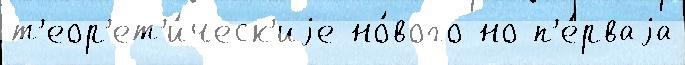
т'еор'ет'и́ческ'иjе но́вого но п'е́рваjа